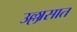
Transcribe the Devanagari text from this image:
उल्लासात